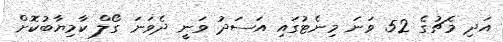
އަދި މެޗުގެ 52 ވަނަ މިނެޓުގައި އަސަދު ވަނީ ދެވަނަ ގޯލް ކާމިޔާބުކޮށް